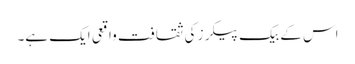
اس کے بیک پیکرز کی ثقافت واقعی ایک ہے۔